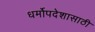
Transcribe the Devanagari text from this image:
धर्मोपदेशासाठी